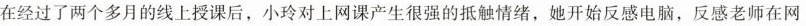
在经过了两个多月的线上授课后，小玲对上网课产生很强的抵触情绪，她开始反感电脑，反感老师在网